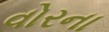
વોરના